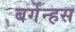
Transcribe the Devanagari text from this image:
बर्गेन्हस